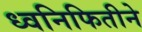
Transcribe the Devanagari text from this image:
ध्वनिफितीने